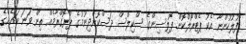
"ފުލުހުންނާ އެކު ޕެޓްރޯލްކޮށް ޕޮލިސިންގެ ސްކިލްސް ދަސްކޮށްދިނުމުގެ ޕްރޮގްރާމެއް ތިން ވަނަ ބައެއްގެ